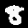
Label: 8